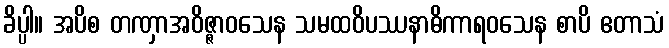
ခိပ္ပါ။ အပိစ တဏှာအဝိဇ္ဇာဝသေန သမထဝိပဿနာဓိကာရဝသေန စာပိ ဧတာသံ